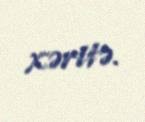
xəritə.